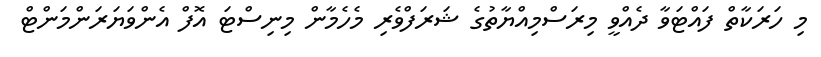
މި ހަރަކާތް ފައްޓަވާ ދެއްވީ މިރަސްމިއްޔާތުގެ ޝަރަފްވެރި މެހެމާން މިނިސްޓަ އޮފް އެންވަޔަރަންމަންޓް